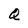
Character: Q